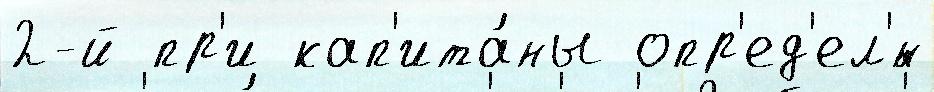
2-й пр'и кап'ита́ны опр'ед'ел'́н